Karu_vallavalitsus_Parnumaal, lk 19
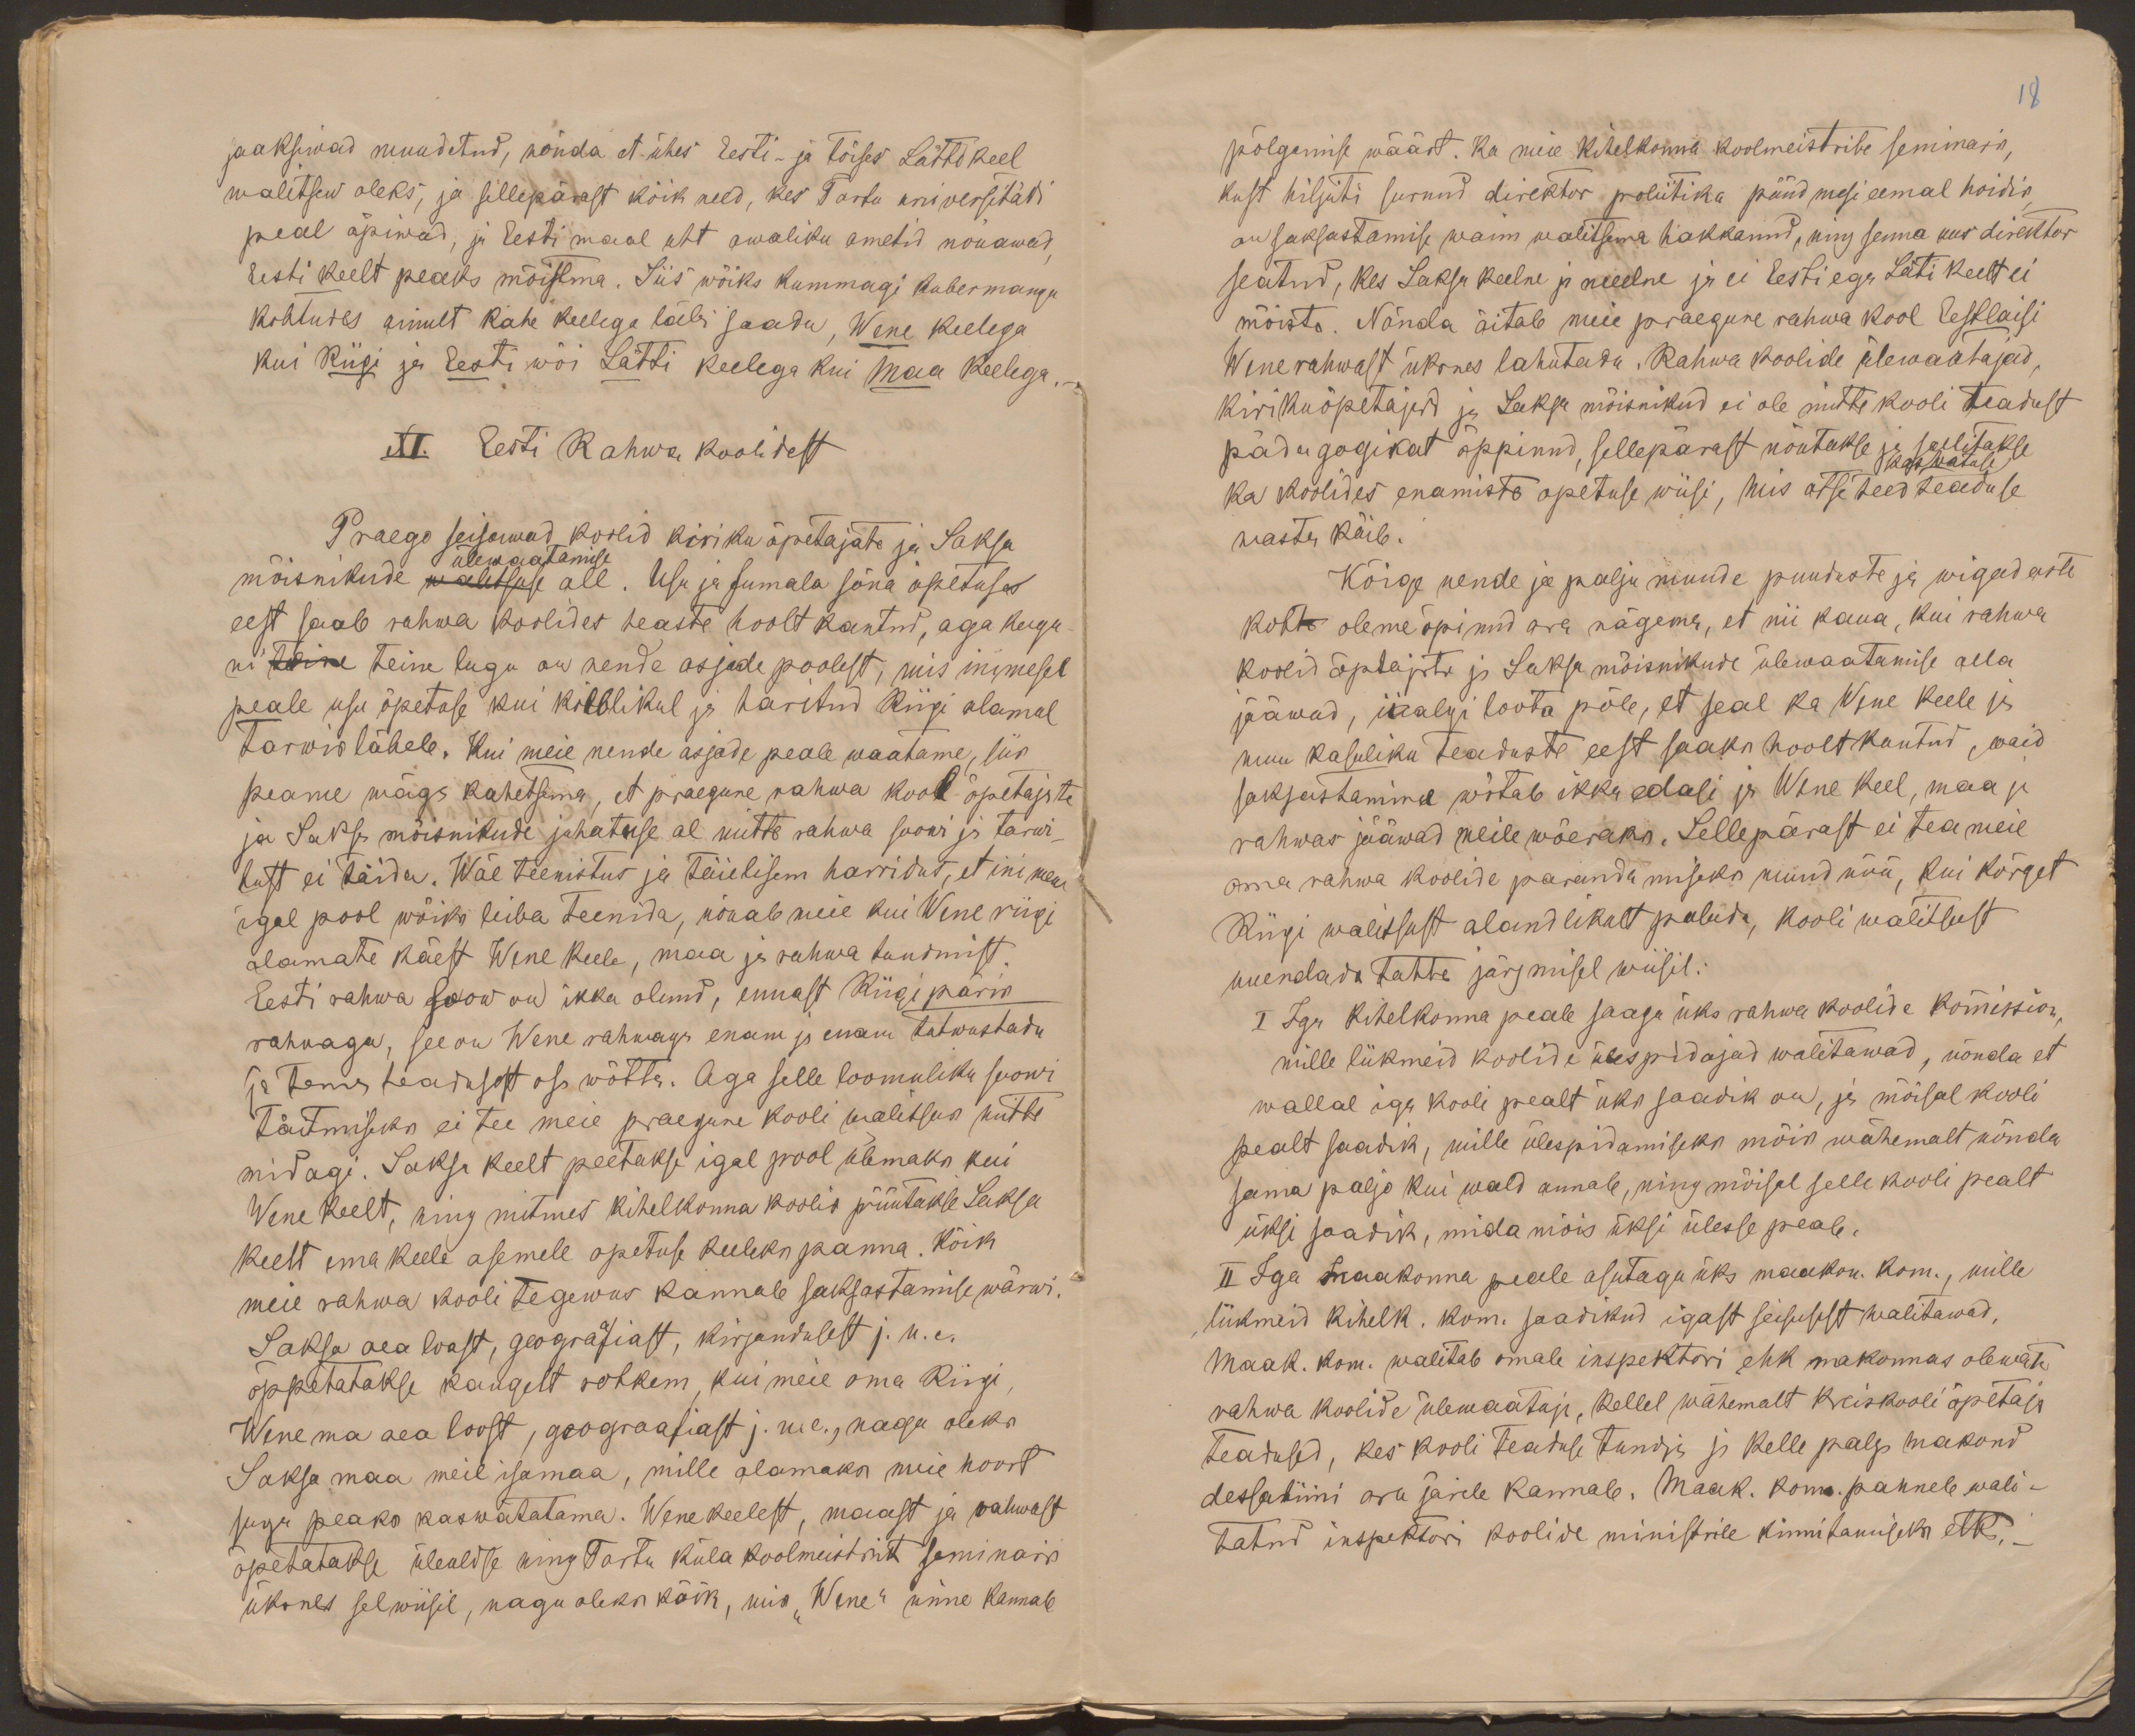
saaksiwad muudetud, nõnda et ühes Eesti- ja toises Lätti keel
walitsew oleks, ja sellepärast kõik need, kes Tartu universitäti
peal õpiwad, ja Eesti maal uht awaliku ametid nõuawad,
Eesti keelt peaks mõistma. Siis wõiks kummagi kubermangu
kohtudes ainult kahe keelega läbi saada, Wene keelega
kui Riigi ja Eesti wõi Lätti keelega kui Maa keelega.
XI. Eesti Rahwa koolidest
Praego seisawad koolid kiriku õpetajate ja Saksa
ülewaatamise
mõisnikude walitsuse all. Usu ja Jumala sõna õpetuse
eest saab rahwa koolides heaste hoolt kantud, aga kogu-
ni teine teine lugu on nende asjade poolest, mis inimesel
peale usu õpetuse kui kõlblikul ja haritud Riigi alamal
tarwis läheb. Kui meie nende asjade peale waatame, siis
peame wäga kahetsama, et praegune rahwa kool õpetajate
ja Saksa mõisnikude juhatuse al mitte rahwa soowi ja tarwi-
dust ei täida. Wäe teenistus ja täielisem harridus, et inimene
igal pool wõiks leiba teenida, nõuab meie kui Wene riigi
alamate käest Wene keele, maa ja rahwa tundmist.
Eesti rahwa soow on ikka olnud, ennast Riigi päris
rahwaga, see on Wene rahwaga enam ja enam tutwustada
ja tema headusest osa wõtta. Aga selle loomuliku suowi
täitmiseks ei tee meie praegune kooli walitsus mitte
midagi. Saksa keelt peetakse igal pool ülemaks kui
Wene keelt, ning mitmes kihelkonna koolis püütakse Saksa
keelt ema keele asemele opetuse keeleks panna. Kõik
meie rahwa kooli tegewus kannab saksastamise wärwi.
Saksa aea loost, geografiast, kirjandusest j.n.e.
õppetatakse kaugelt rohkem, kui meie oma Riigi,
Wene ma aea loost, geograafiast j. n.e., nagu oleks
Saksa maa meil isamaa, mille alamaks meie noort
sugu peaks kaswatatama. Wene keelest, maast ja rahwast
õpetatakse üleuldse ning Tartu küla koolmeistrit seminaris
üksnes sel wiisil, nagu oleks kõik, mis " Wene" nime kannab

18
põlgamise wäärt. Ka meie kihelkonna koolmeistrite seminaris,
kust hiljuti surnud direktor poliitika püüdmesi eemal hoidis,
on saksastamise waim walitsema hakkanud, ning senna kus direktor
seatud, kes Saksa keelne ja meelne ja ei Eesti ega Läti keelt ei
mõista. Nõnda äitab meie praegune rahwa kool Eestlaisi
Wene rahwast üksnes lahutada. Rahwa koolide ülewaatajad
kirikuõpetajad ja Saksa mõisnikud ei ole mitte kooli teadust
pädagogikat õppinud, sellepärast nõutakse ja sallitakse
kaswatuse
ka koolides enamiste opetuse wiisi, mis otse teed teaduse
wastu käib.
Kõige nende ja palju muude puuduste ja wigaduste
kohto oleme õpinud ara nägema, et nii kaua, kui rahwa
koolid õpetajate ja Saksa mõisnikude ülewaatamise alla
jääwad, iialgi loota põle, et seal ka Wene keele ja
muu kasuliku teaduste eest saaks hoolt kantud, waid
saksastamine wõtab ikka edasi ja Wene keel, maa ja
rahwas jääwad meile wõeraks. Sellepärast ei tea meie
oma rahwa koolide parandamiseks muud nõü, kui kõrget
Riigi walitsust alandlikult paluda, kooli walitsust
uuendada tahta järgmisel wiisil:
I Iga kihelkonna peale saagu üks rahwa koolide kommission,
mille liikmeid koolide ülespidajad walitawad, nõnda et
wallal iga kooli pealt üks saadik on, ja mõisal kooli
pealt saadik, mille ülespidamiseks mõis wähemalt nõnda
sama paljo kui wald annab, ning mõisal selle kooli pealt
üksi saadik, mida mõis üksi ülesse peab.
II Iga maakonna peale asutagu üks maakon. kom., mille
liikmeid kihelk. kom saadikud igast seisusest walitawad,
Maak. kom. walitab omale inspektori ehk makonnas olewate
rahwa koolide ülewaataja, kellel wähemalt kreiskooli õpetaja
teadused, kes kooli teaduse tundja ja kelle palga makond
dessatiini ara järele kannab. Maak. kom. panneb wali-
tatud inspektori koolide ministrile kinnitamiseks ette,-